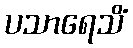
ပသာရေသိံ